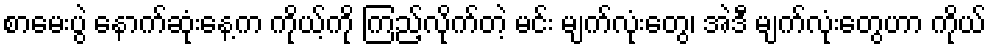
စာမေးပွဲ နောက်ဆုံးနေ့က ကိုယ့်ကို ကြည့်လိုက်တဲ့ မင်း မျက်လုံးတွေ၊ အဲဒီ မျက်လုံးတွေဟာ ကိုယ်